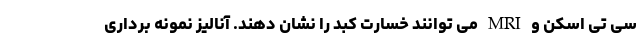
سی تی اسکن و MRI می توانند خسارت کبد را نشان دهند. آنالیز نمونه برداری